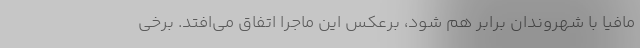
مافیا با شهروندان برابر هم شود، برعکس این ماجرا اتفاق می‌افتد. برخی